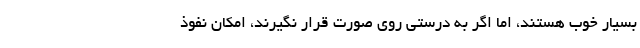
بسیار خوب هستند، اما اگر به درستی روی صورت قرار نگیرند، امکان نفوذ